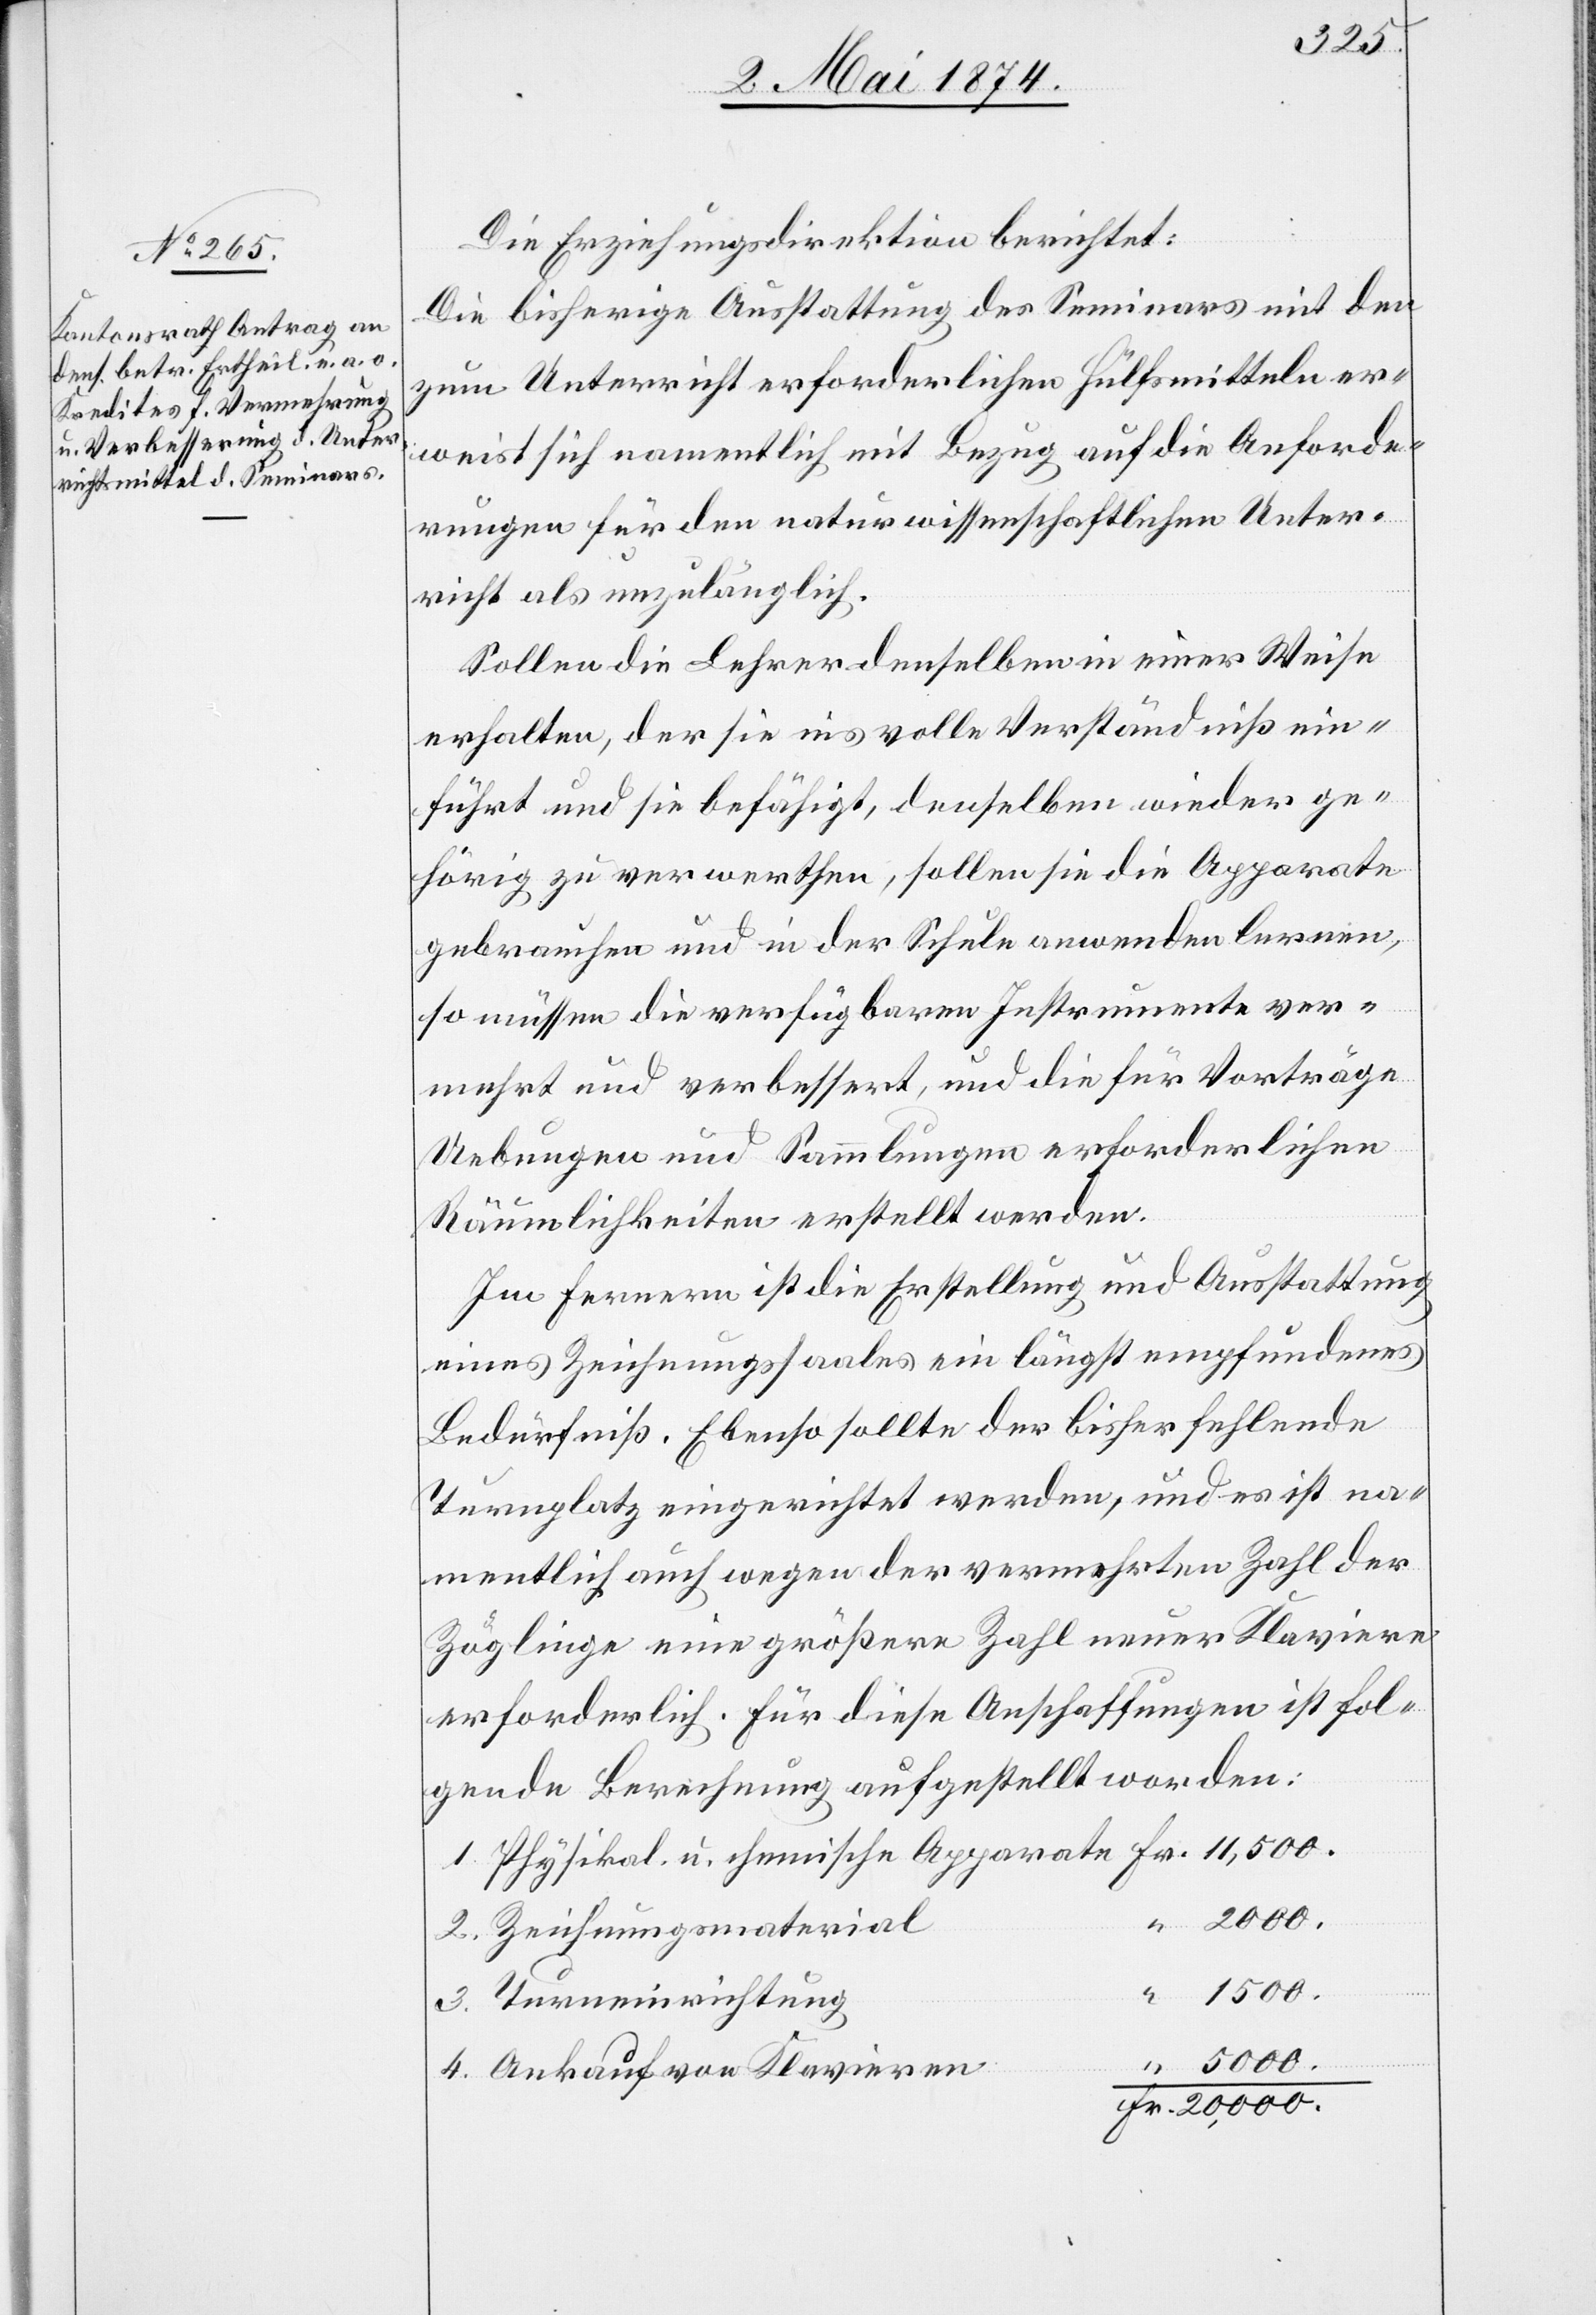
5000.
Die Erziehungsdirektion berichtet:
Die bisherige Ausstattung des Seminars mit den
zum Unterricht erforderlichen Hilfsmitteln er¬
weist sich namentlich mit Bezug auf die Anforde¬
rungen für den naturwissenschaftlichen Unter¬
richt als unzulänglich.
Sollen die Lehrer denselben in einer Weise
erhalten, der sie ins volle Verständniß ein¬
führt und sie befähigt, denselben wieder ge¬
hörig zu verwerthen, sollen sie die Apparate
gebrauchen und in der Schule anwenden lernen,
so müssen die verfügbaren Instrumente ver¬
mehrt und verbessert, und die für Vorträge
Uebungen und Sammlungen erforderlichen
Räumlichkeiten erstellt werden.
Im Fernern ist die Erstellung und Ausstattung
eines Zeichnungssaales ein längst empfundenes
Bedürfniß. Ebenso sollte der bisher fehlende
Turnplatz eingerichtet werden, und es ist na¬
mentlich auch wegen der vermehrten Zahl der
Zöglinge eine größere Zahl neuer Klaviere
erforderlich. Für diese Anschaffungen ist fol¬
gende Berechnung aufgestellt worden:
Zeichnungsmaterial
4.
1500.
Ankauf von Klavieren